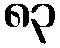
၈၃